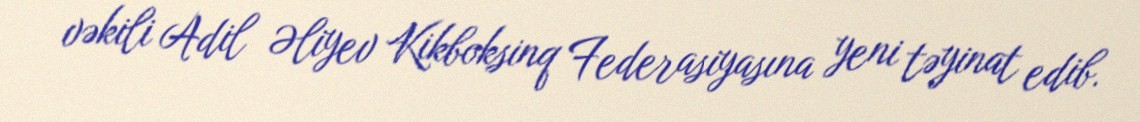
vəkili Adil Əliyev Kikboksinq Federasiyasına yeni təyinat edib.